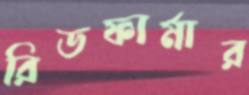
রিডফার্মার